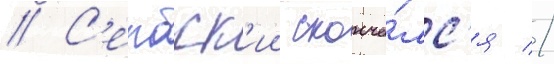
// С'ербск'ии сконча́лс'я //